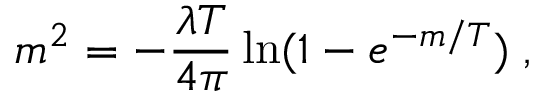
m ^ { 2 } = - \frac { \lambda T } { 4 \pi } \ln ( 1 - e ^ { - m / T } ) \; ,